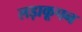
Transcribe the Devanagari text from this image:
लड़ाकूपन